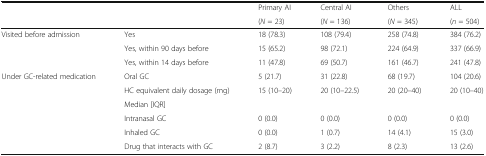
|  |  | Primary AI | Central AI | Others | ALL |
 |  |  | (N = 23) | (N = 136) | (N = 345) | (n = 504) |
 | --- | --- | --- | --- | --- | --- |
 | <ROWSPAN=3> Visited before admission | Yes | 18 (78.3) | 108 (79.4) | 258 (74.8) | 384 (76.2) |
 | Yes, within 90 days before | 15 (65.2) | 98 (72.1) | 224 (64.9) | 337 (66.9) |
 | Yes, within 14 days before | 11 (47.8) | 69 (50.7) | 161 (46.7) | 241 (47.8) |
 | <ROWSPAN=6> Under GC-related medication | Oral GC | 5 (21.7) | 31 (22.8) | 68 (19.7) | 104 (20.6) |
 | HC equivalent daily dosage (mg) | 15 (10–20) | 20 (10–22.5) | 20 (20–40) | 20 (10–40) |
 | Median [IQR] |  |  |  |  |
 | Intranasal GC | 0 (0.0) | 0 (0.0) | 0 (0.0) | 0 (0.0) |
 | Inhaled GC | 0 (0.0) | 1 (0.7) | 14 (4.1) | 15 (3.0) |
 | Drug that interacts with GC | 2 (8.7) | 3 (2.2) | 8 (2.3) | 13 (2.6) |